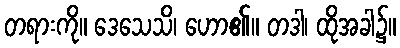
တရားကို။ ဒေသေသိ၊ ဟော၏။ တဒါ၊ ထိုအခါ၌။